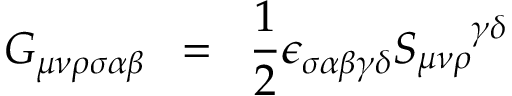
G _ { \mu \nu \rho \sigma \alpha \beta } \; \; = \; \; \frac { 1 } { 2 } \epsilon _ { \sigma \alpha \beta \gamma \delta } S _ { \mu \nu \rho } ^ { \; \; \; \; \; \; \gamma \delta }